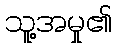
သူ့အမှု၏